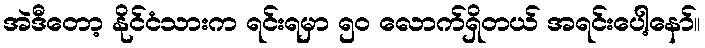
အဲဒီတော့ နိုင်ငံသားက ရင်းရမှာ ၅၀ လောက်ရှိတယ် အရင်းပေါ့နော်။